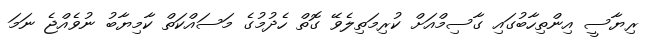
ރިޔާސީ އިންތިހާބުގައި ގާސިމްއަށް ކުރިމަތިލެވޭ ގޮތް ހެދުމުގެ މަސައްކަތް ކާމިޔާބު ނުވެއްޖެ ނަމަ